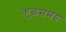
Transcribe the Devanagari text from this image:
कुछसमय